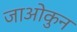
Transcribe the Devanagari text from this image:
जाओकुन